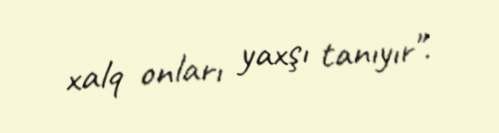
xalq onları yaxşı tanıyır".